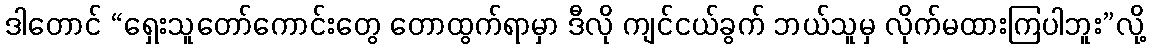
ဒါတောင် “ရှေးသူတော်ကောင်းတွေ တောထွက်ရာမှာ ဒီလို ကျင်ငယ်ခွက် ဘယ်သူမှ လိုက်မထားကြပါဘူး”လို့